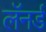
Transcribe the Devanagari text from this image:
लॅनर्ड